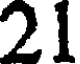
21